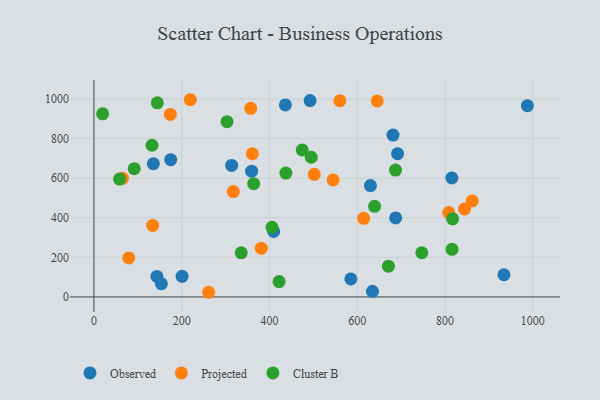
{"axis": {"x": "Ad Spend", "y": "Demand"}, "legend": ["Cluster B", "Observed", "Projected"], "data": [{"x": "200.8", "y": 104.2, "type": "Observed"}, {"x": "634.6", "y": 28.5, "type": "Observed"}, {"x": "359.3", "y": 635.5, "type": "Observed"}, {"x": "934.2", "y": 112.0, "type": "Observed"}, {"x": "815.5", "y": 600.9, "type": "Observed"}, {"x": "153.7", "y": 66.6, "type": "Observed"}, {"x": "174.9", "y": 693.1, "type": "Observed"}, {"x": "691.9", "y": 723.7, "type": "Observed"}, {"x": "492.5", "y": 991.7, "type": "Observed"}, {"x": "681.4", "y": 817.8, "type": "Observed"}, {"x": "135.4", "y": 673.2, "type": "Observed"}, {"x": "630.0", "y": 562.4, "type": "Observed"}, {"x": "585.4", "y": 90.8, "type": "Observed"}, {"x": "987.6", "y": 966.0, "type": "Observed"}, {"x": "687.4", "y": 399.2, "type": "Observed"}, {"x": "409.5", "y": 330.4, "type": "Observed"}, {"x": "313.7", "y": 664.2, "type": "Observed"}, {"x": "436.2", "y": 970.1, "type": "Observed"}, {"x": "143.5", "y": 103.6, "type": "Observed"}, {"x": "861.8", "y": 485.1, "type": "Projected"}, {"x": "502.0", "y": 619.5, "type": "Projected"}, {"x": "133.8", "y": 361.1, "type": "Projected"}, {"x": "65.0", "y": 598.9, "type": "Projected"}, {"x": "614.6", "y": 397.0, "type": "Projected"}, {"x": "79.3", "y": 196.8, "type": "Projected"}, {"x": "219.5", "y": 996.2, "type": "Projected"}, {"x": "261.3", "y": 23.5, "type": "Projected"}, {"x": "381.4", "y": 246.5, "type": "Projected"}, {"x": "808.5", "y": 425.9, "type": "Projected"}, {"x": "560.3", "y": 991.1, "type": "Projected"}, {"x": "544.9", "y": 591.0, "type": "Projected"}, {"x": "360.9", "y": 723.3, "type": "Projected"}, {"x": "174.1", "y": 922.0, "type": "Projected"}, {"x": "645.5", "y": 990.3, "type": "Projected"}, {"x": "317.4", "y": 532.2, "type": "Projected"}, {"x": "357.3", "y": 952.8, "type": "Projected"}, {"x": "844.4", "y": 444.2, "type": "Projected"}, {"x": "421.8", "y": 77.7, "type": "Cluster B"}, {"x": "437.4", "y": 625.9, "type": "Cluster B"}, {"x": "58.4", "y": 595.4, "type": "Cluster B"}, {"x": "364.0", "y": 572.0, "type": "Cluster B"}, {"x": "671.0", "y": 155.4, "type": "Cluster B"}, {"x": "405.8", "y": 352.0, "type": "Cluster B"}, {"x": "474.6", "y": 742.8, "type": "Cluster B"}, {"x": "303.3", "y": 885.2, "type": "Cluster B"}, {"x": "639.5", "y": 457.8, "type": "Cluster B"}, {"x": "132.3", "y": 766.3, "type": "Cluster B"}, {"x": "335.6", "y": 222.9, "type": "Cluster B"}, {"x": "747.0", "y": 223.1, "type": "Cluster B"}, {"x": "144.4", "y": 980.5, "type": "Cluster B"}, {"x": "19.8", "y": 924.8, "type": "Cluster B"}, {"x": "816.0", "y": 240.3, "type": "Cluster B"}, {"x": "817.2", "y": 394.7, "type": "Cluster B"}, {"x": "91.8", "y": 648.1, "type": "Cluster B"}, {"x": "687.2", "y": 640.8, "type": "Cluster B"}, {"x": "495.2", "y": 705.7, "type": "Cluster B"}]}